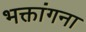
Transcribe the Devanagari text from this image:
भक्तांगना